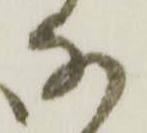
な